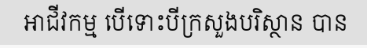
អាជីវកម្ម បើទោះបីក្រសួងបរិស្ថាន បាន